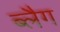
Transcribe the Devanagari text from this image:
ब्लैग